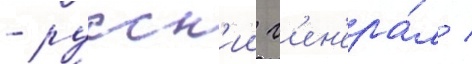
- русск'ии г'ен'ера́л /